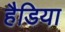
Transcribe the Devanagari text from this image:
हैडिया